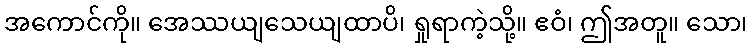
အကောင်ကို။ အေဿယျသေယျထာပိ၊ ရှုရာကဲ့သို့။ ဧဝံ၊ ဤအတူ။ သော၊